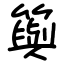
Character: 籅